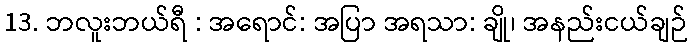
13. ဘလူးဘယ်ရီ : အရောင်: အပြာ အရသာ: ချို၊ အနည်းငယ်ချဉ်